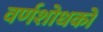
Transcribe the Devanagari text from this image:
वर्णशोधकों